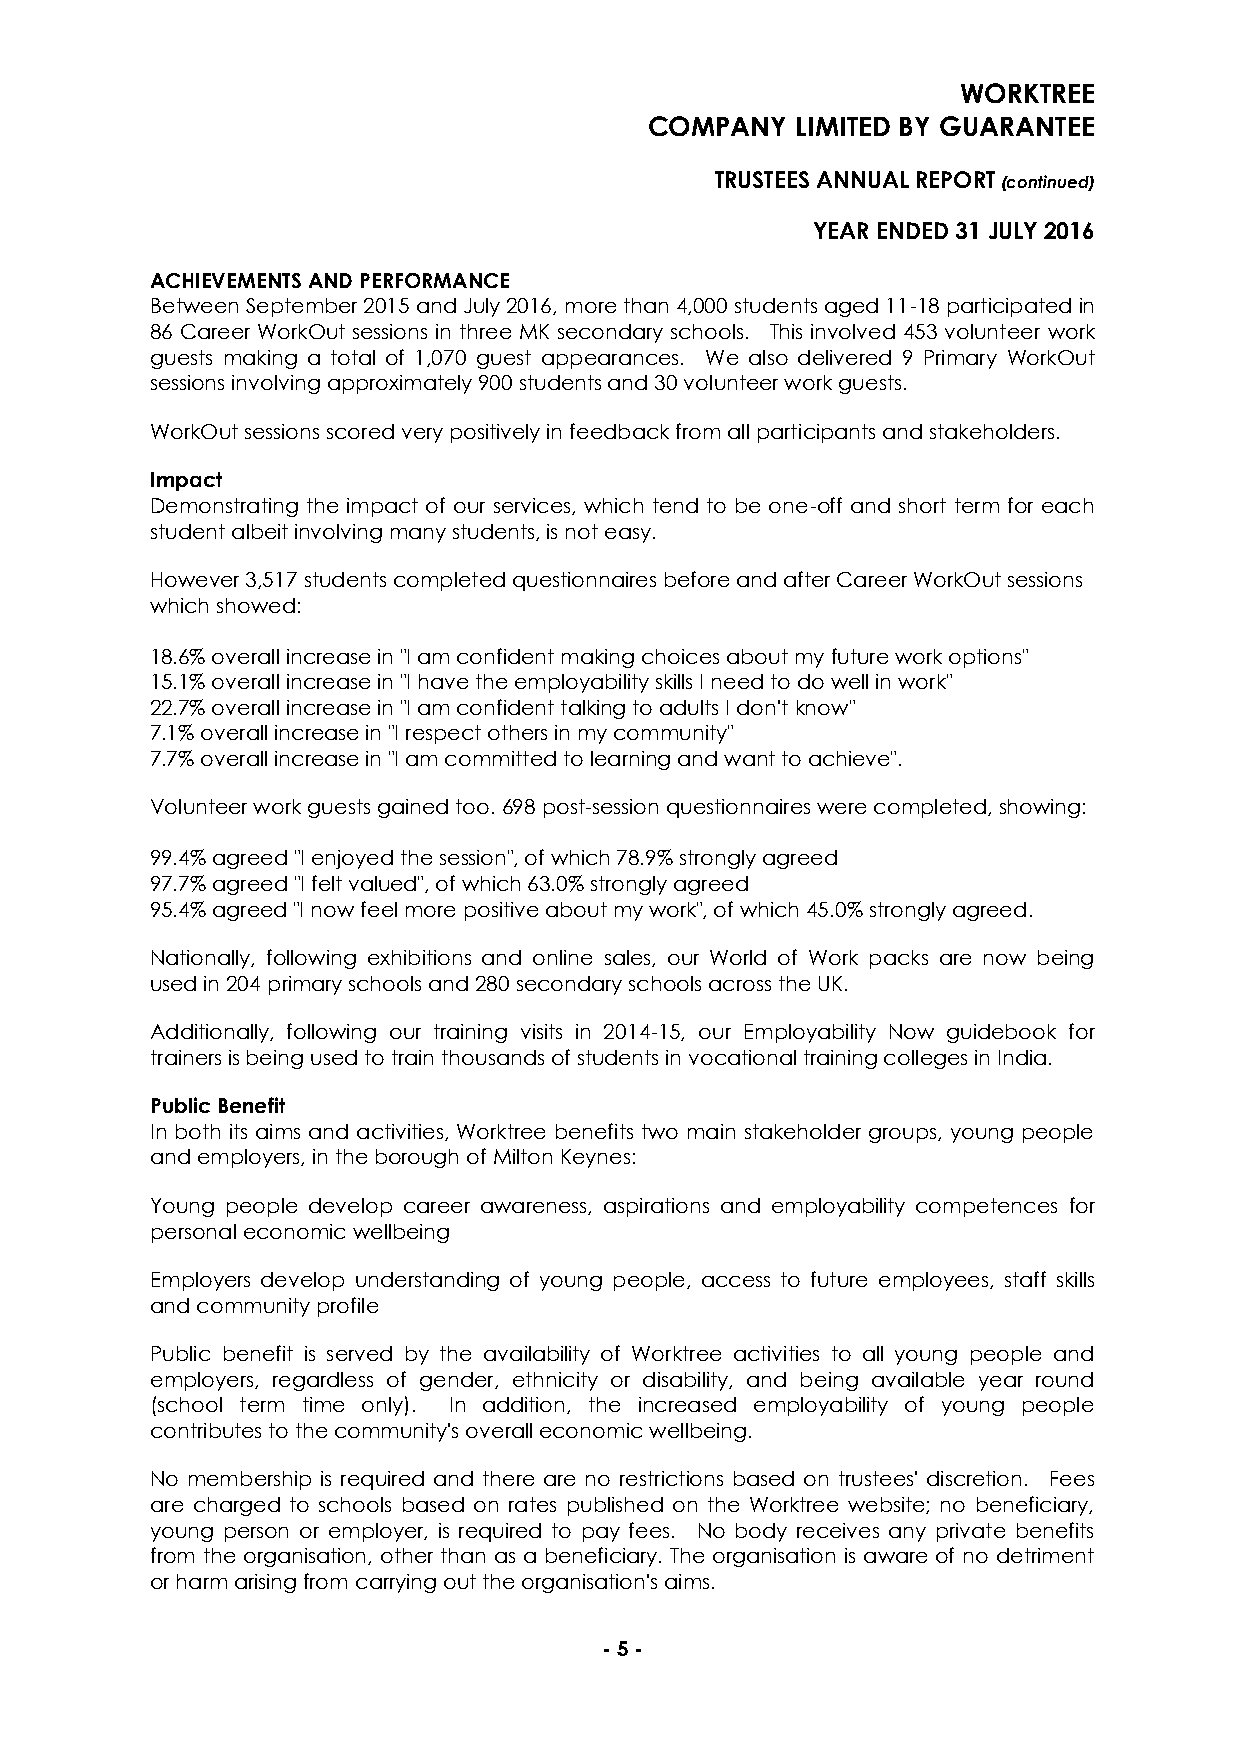
WORKTREE
 COMPANY   LIMITED BY GUARANTEE
 TRUSTEES ANNUAL REPORT (continued)
 YEAR ENDED 31 JULY 2016
 ACHIEVEMENTS AND PERFORMANCE
 Between September 2015 and July 2016, more than 4,000 students aged 11-18 participated in
 86 Career WorkOut sessions in three MK secondary schools. This involved 453 volunteer work
 guests making a total of 1,070 guest appearances. We also delivered 9 Primary WorkOut
 sessions involving approximately 900 students and 30 volunteer work guests.
 WorkOut sessions scored very positively in feedback from all participants and stakeholders.
 Impact
 Demonstrating the impact of our services, which tend to be one-off and short term for each
 student albeit involving many students, is not easy.
 However 3,517 students completed questionnaires before and after Career WorkOut sessions
 which showed:
 18.6% overall increase in "I am confident making choices about my future work options"
 15.1% overall increase in "I have the employability skills I need to do well in work"
 22.7% overall increase in "I am confident talking to adults I don't know"
 7.1% overall increase in "I respect others in my community"
 7.7% overall increase in "I am committed to learning and want to achieve".
 Volunteer work guests gained too. 698 post-session questionnaires were completed, showing:
 99.4% agreed "I enjoyed the session", of which 78.9% strongly agreed
 97.7% agreed "I felt valued", of which 63.0% strongly agreed
 95.4% agreed "I now feel more positive about my work", of which 45.0% strongly agreed.
 Nationally, following exhibitions and online sales, our World of Work packs are now being
 used in 204 primary schools and 280 secondary schools across the UK.
 Additionally, following our training visits in 2014-15, our Employability Now guidebook for
 trainers is being used to train thousands of students in vocational training colleges in India.
 Public Benefit
 In both its aims and activities, Worktree benefits two main stakeholder groups, young people
 and employers, in the borough of Milton Keynes:
 Young people develop career awareness, aspirations and employability competences for
 personal economic wellbeing
 Employers develop understanding of young people, access to future employees, staff skills
 and community profile
 Public benefit is served by the availability of Worktree activities to all young people and
 employers, regardless of gender, ethnicity or disability, and being available year round
 (school term time only). In addition, the increased employability of young people
 contributes to the community's overall economic wellbeing.
 No membership is required and there are no restrictions based on trustees' discretion. Fees
 are charged to schools based on rates published on the Worktree website; no beneficiary,
 young person or employer, is required to pay fees. No body receives any private benefits
 from the organisation, other than as a beneficiary. The organisation is aware of no detriment
 or harm arising from carrying out the organisation's aims.
 - 5 -